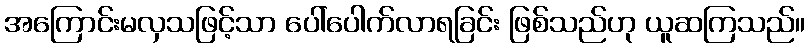
အကြောင်းမလှသဖြင့်သာ ပေါ်ပေါက်လာရခြင်း ဖြစ်သည်ဟု ယူဆကြသည်။